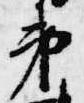
第